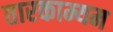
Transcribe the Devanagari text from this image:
तारकाम्यम